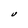
Character: U